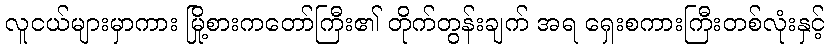
လူငယ်များမှာကား မြို့စားကတော်ကြီး၏ တိုက်တွန်းချက် အရ ရှေးစကားကြီးတစ်လုံးနှင့်